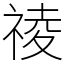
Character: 祾